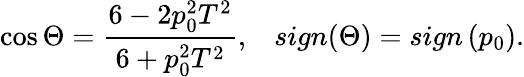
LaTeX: \cos\Theta=\frac{6-2p_{0}^{2}T^{2}}{6+p_{0}^{2}T^{2}},\; \; \; sign(\Theta)=sign\left(p_{0}\right).